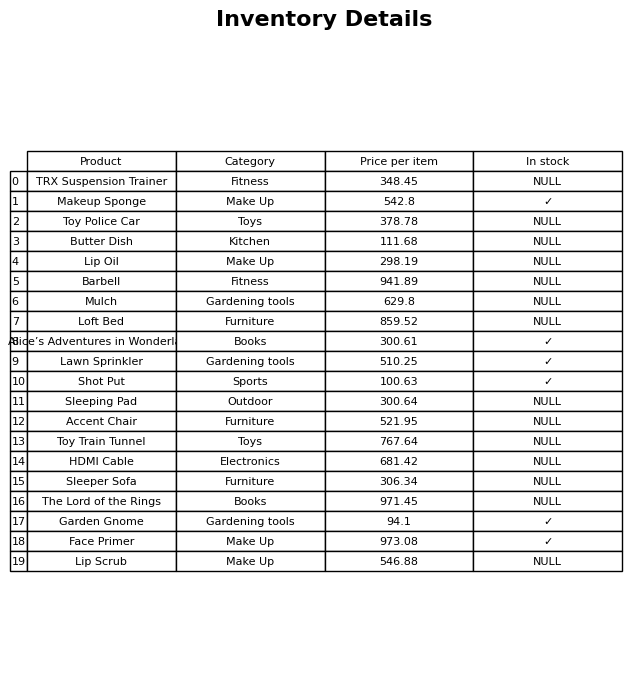
question: What is the price for HDMI Cable?
answer: The price of HDMI Cable is 681.42.